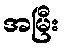
အမြီး